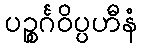
ပဉ္စင်္ဂဝိပ္ပဟီနံ